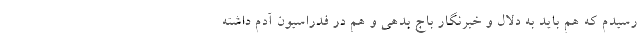
رسیدم که هم باید به دلال و خبرنگار باج بدهی و هم در فدراسیون آدم داشته